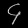
Digit: ၄